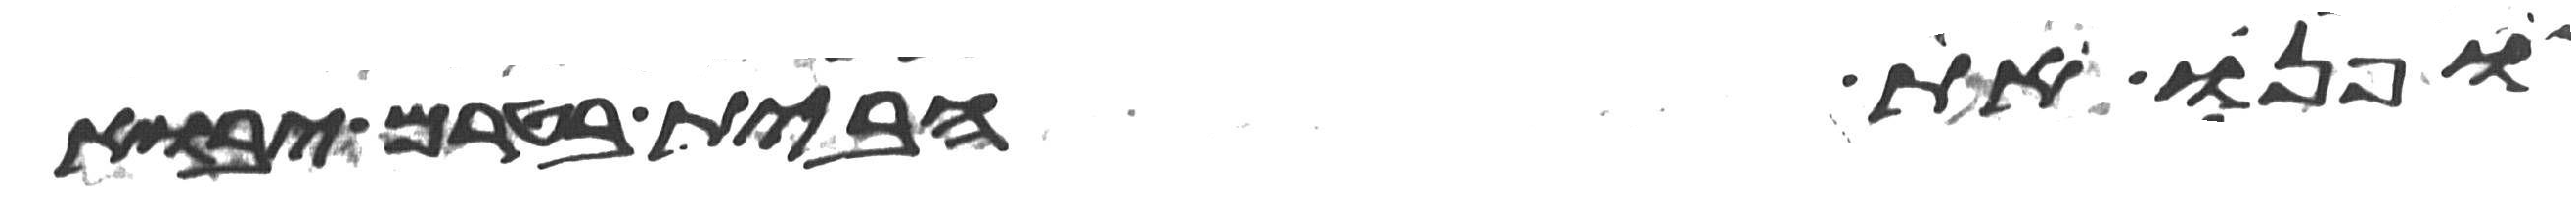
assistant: ופנו את הבית בטרם יבוא